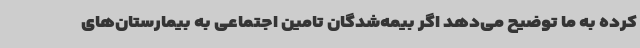
کرده به ما توضیح می‌دهد اگر بیمه‌شدگان تامین اجتماعی به بیمارستان‌های